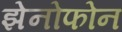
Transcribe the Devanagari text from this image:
झेनोफोन